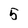
Character: 5